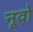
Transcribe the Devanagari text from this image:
नूवो